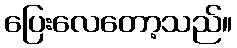
ပြေးလေတော့သည်။